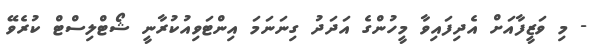
- މި ވަޒީފާއަށް އެދިފައިވާ މީހުންގެ އަދަދު ގިނަނަމަ އިންޓަވިއުކުރާނީ ޝޯޓްލިސްޓް ކުރެވޭ